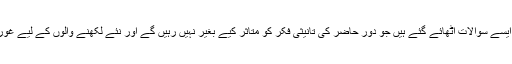
ان گیتوں میں سیتا کی زبانی چند ایسے سوالات اٹھائے گئے ہیں جو دورِ حاضر کی تانیثی فکر کو متاثر کیے بغیر نہیں رہیں گے اور نئے لکھنے والوں کے لیے غوروفکر کی نئی راہیں کھولیں گے۔